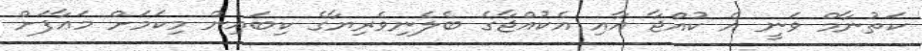
ކަތުނާމް ވަނީ އެ ކުއްޖާ އާއި އެކުއްޖާގެ ބެލެނިވެރިޔާގެ ކިބައިން މިކަމަށް މަޢާފަށް